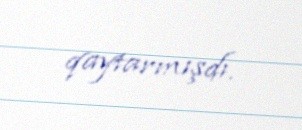
qaytarmışdı.